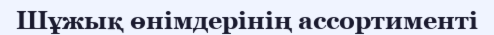
Шұжық өнімдерінің ассортименті